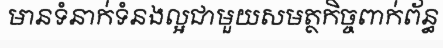
មានទំនាក់ទំនងល្អជាមួយសមត្ថកិច្ចពាក់ព័ន្ធ